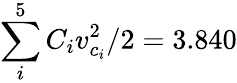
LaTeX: \sum_{i}^{5}C_{i}v_{c_{i}}^{2}/2={3.840}